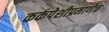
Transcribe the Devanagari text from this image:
कर्कपेशीप्रमाणेच